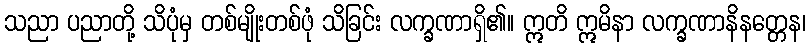
သညာ ပညာတို့ သိပုံမှ တစ်မျိုးတစ်ဖုံ သိခြင်း လက္ခဏာရှိ၏။ ဣတိ ဣမိနာ လက္ခဏာနိနတ္တေန၊